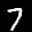
Label: 7